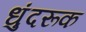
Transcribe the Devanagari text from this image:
धुंदरूक